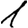
Digit: 1